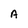
Character: A